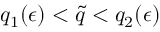
q _ { 1 } ( \epsilon ) < \tilde { q } < q _ { 2 } ( \epsilon )